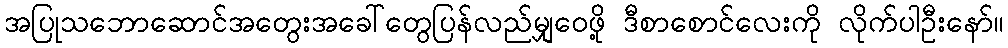
အပြုသဘောဆောင်အတွေးအခေါ်တွေပြန်လည်မျှဝေဖို့ ဒီစာစောင်လေးကို လိုက်ပါဦးနော်။